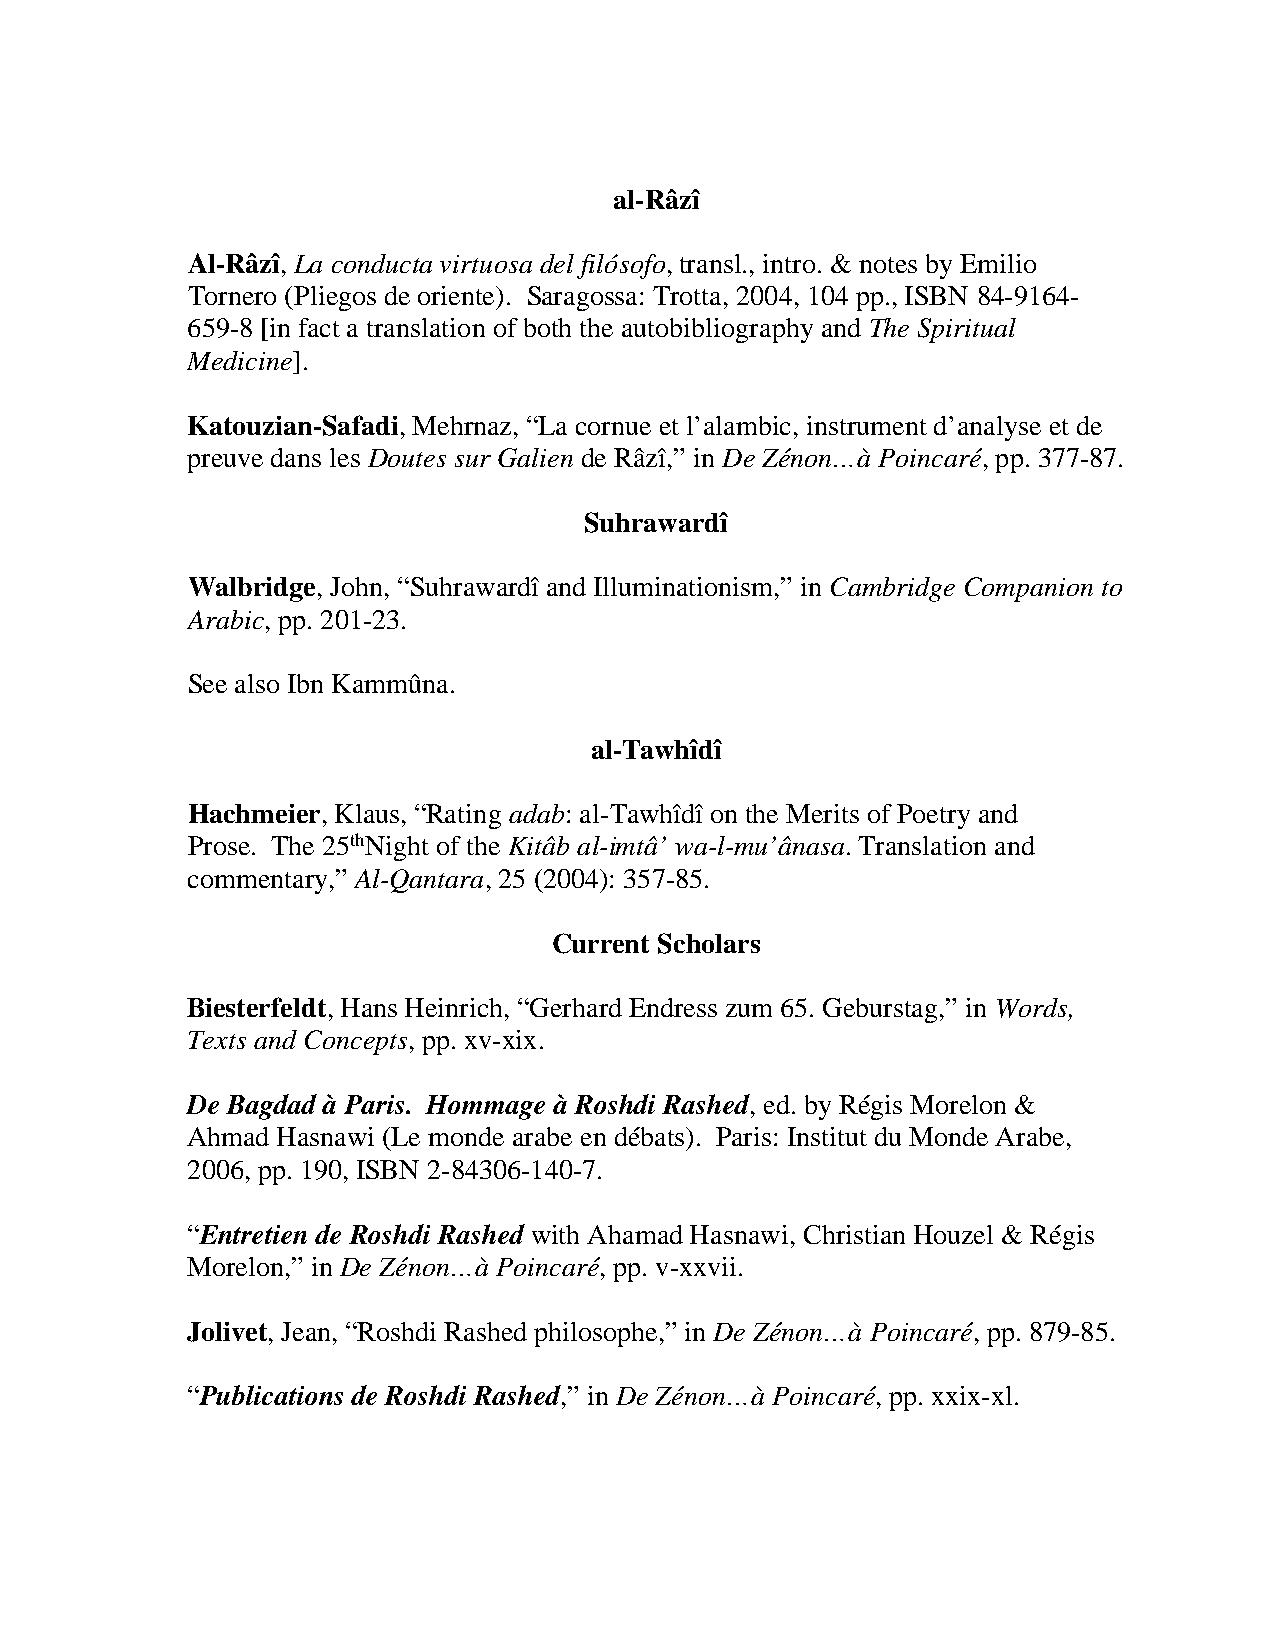
al-Râzî
 Al-Râzî, La conducta virtuosa del filósofo, transl., intro. & notes by Emilio
 Tornero (Pliegos de oriente). Saragossa: Trotta, 2004, 104 pp., ISBN 84-9164-
 659-8 [in fact a translation of both the autobibliography and The Spiritual
 Medicine].
 Katouzian-Safadi, Mehrnaz, “La cornue et l’alambic, instrument d’analyse et de
 preuve dans les Doutes sur Galien de Râzî,” in De Zénon…à Poincaré, pp. 377-87.
 Suhrawardî
 Walbridge, John, “Suhrawardî and Illuminationism,” in Cambridge Companion to
 Arabic, pp. 201-23.
 See also Ibn Kammûna.
 al-Tawhîdî
 Hachmeier, Klaus, “Rating adab: al-Tawhîdî on the Merits of Poetry and
 Prose. The 25thNight of the Kitâb al-imtâ’ wa-l-mu’ânasa. Translation and
 commentary,” Al-Qantara, 25 (2004): 357-85.
 Current Scholars
 Biesterfeldt, Hans Heinrich, “Gerhard Endress zum 65. Geburstag,” in Words,
 Texts and Concepts, pp. xv-xix.
 De Bagdad à Paris. Hommage à Roshdi Rashed, ed. by Régis Morelon &
 Ahmad Hasnawi (Le monde arabe en débats). Paris: Institut du Monde Arabe,
 2006, pp. 190, ISBN 2-84306-140-7.
 “Entretien de Roshdi Rashed with Ahamad Hasnawi, Christian Houzel & Régis
 Morelon,” in De Zénon…à Poincaré, pp. v-xxvii.
 Jolivet, Jean, “Roshdi Rashed philosophe,” in De Zénon…à Poincaré, pp. 879-85.
 “Publications de Roshdi Rashed,” in De Zénon…à Poincaré, pp. xxix-xl.